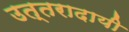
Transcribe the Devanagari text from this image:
उत्तरादायी